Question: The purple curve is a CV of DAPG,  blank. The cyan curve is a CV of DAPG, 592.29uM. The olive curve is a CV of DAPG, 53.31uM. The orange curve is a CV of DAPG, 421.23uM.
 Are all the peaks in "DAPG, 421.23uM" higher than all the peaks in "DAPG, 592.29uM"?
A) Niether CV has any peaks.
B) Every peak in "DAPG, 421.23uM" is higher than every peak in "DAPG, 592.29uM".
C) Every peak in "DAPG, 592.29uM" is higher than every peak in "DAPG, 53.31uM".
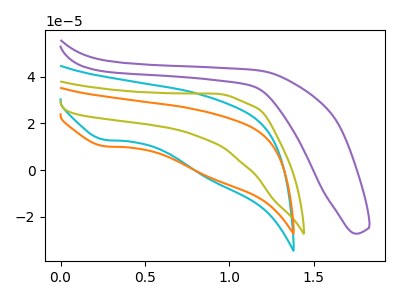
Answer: <think>The purple curve "DAPG,  blank" has no peaks. The cyan curve "DAPG, 592.29uM" has a cathodic peak at: (0.25V, 13.00uA). The olive curve "DAPG, 53.31uM" has no peaks. The orange curve "DAPG, 421.23uM" has a cathodic peak at: (0.25V, 10.25uA).</think>
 <answer>B) Every peak in "DAPG, 421.23uM" is higher than every peak in "DAPG, 592.29uM".</answer>
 <eval>B</eval>